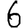
Digit: 6